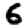
Digit: 6